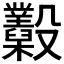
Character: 𣫩